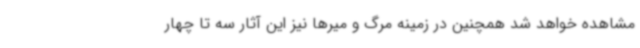
مشاهده خواهد شد همچنین در زمینه مرگ و میرها نیز این آثار سه تا چهار